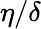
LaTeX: \eta/\delta